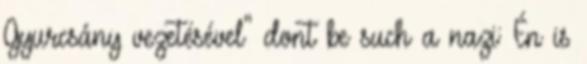
Gyurcsány vezetésével" dont be such a nazi: Én is